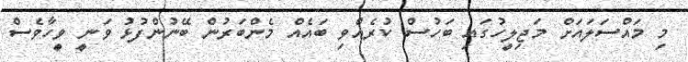
މި މައްސަލައަށް މަޖިލީހުގައި ބަހުސް ކުރެއްވި ބައެއް މެންބަރުން ބޭނުންފުޅު ވަނީ ވީހާވެސް